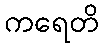
ကရေတိ